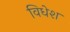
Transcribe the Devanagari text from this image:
विधेश